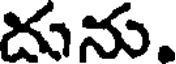
దును.